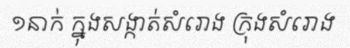
១នាក់ ក្នុងសង្កាត់សំរោង ក្រុងសំរោង